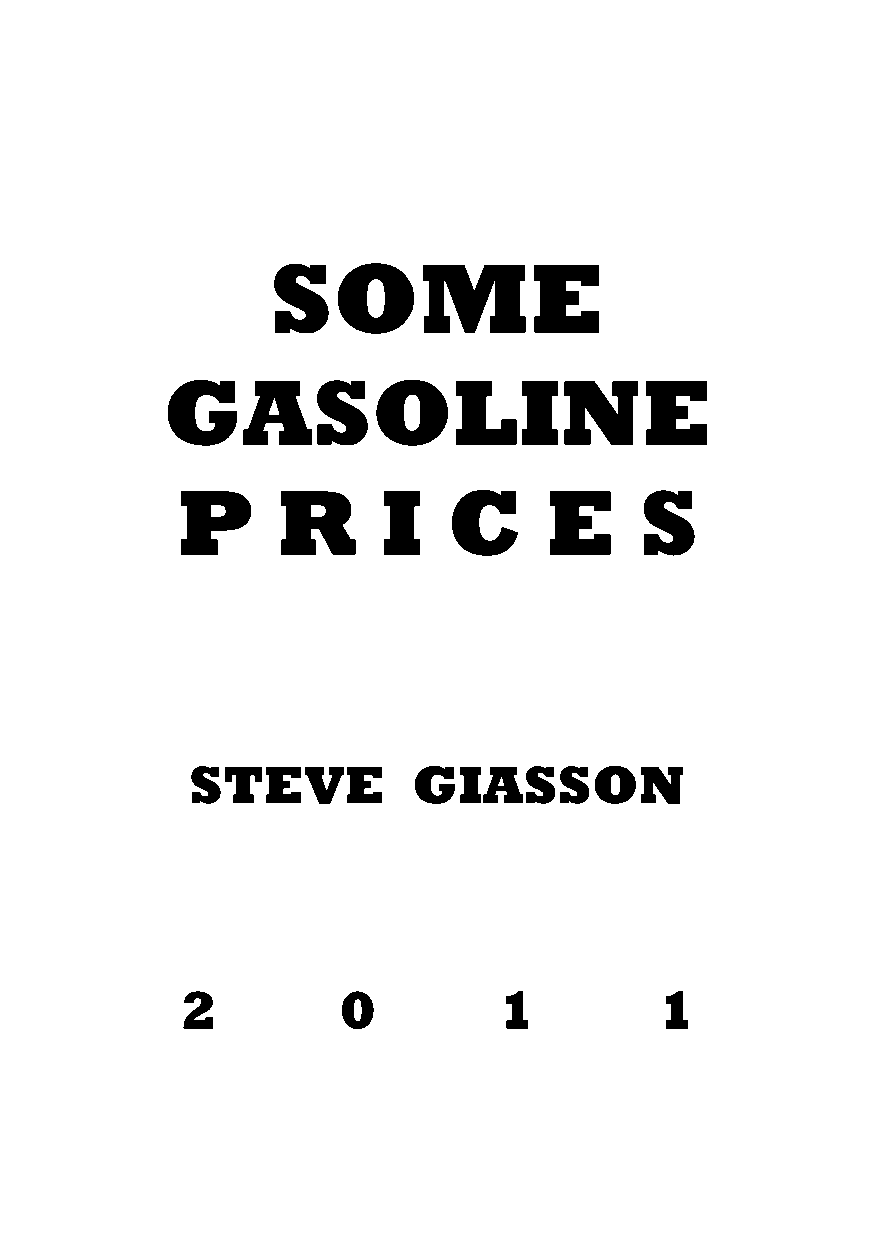
SOME
 GASOLINE
 P     R      I    C     E     S
 STEVE         GIASSON
 2         0          1          1